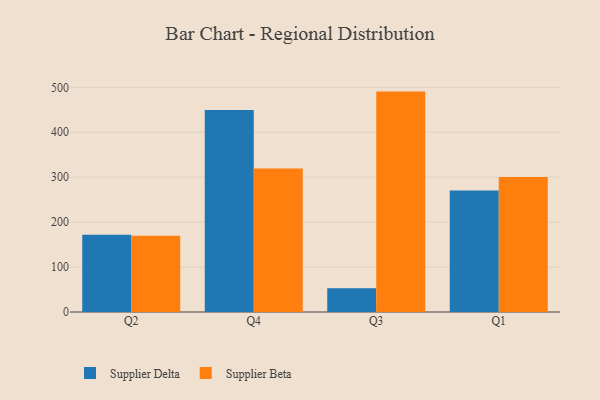
{"axis": {"x": "Quarter", "y": "Satisfaction Score"}, "legend": ["Supplier Beta", "Supplier Delta"], "data": [{"x": "Q2", "y": 171.7, "type": "Supplier Delta"}, {"x": "Q2", "y": 169.6, "type": "Supplier Beta"}, {"x": "Q4", "y": 449.8, "type": "Supplier Delta"}, {"x": "Q4", "y": 319.1, "type": "Supplier Beta"}, {"x": "Q3", "y": 53.0, "type": "Supplier Delta"}, {"x": "Q3", "y": 490.5, "type": "Supplier Beta"}, {"x": "Q1", "y": 270.3, "type": "Supplier Delta"}, {"x": "Q1", "y": 300.7, "type": "Supplier Beta"}]}